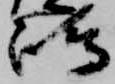
嶋